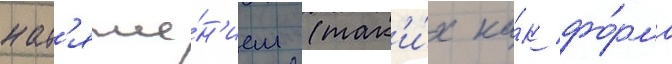
нат'яже́н'ием (так'и́х ка́к фо́рма